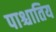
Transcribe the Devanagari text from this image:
पाश्चातिय